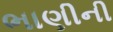
ભાણીની